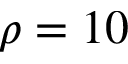
\rho = 1 0